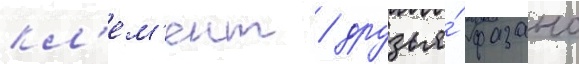
кл'ем'ент / друзья́ фазано